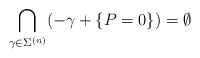
\begin{align*} \bigcap_{\gamma\in\Sigma^{(n)}} (-\gamma+\{P=0\}) = \emptyset \end{align*}